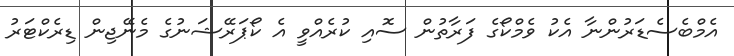
އެމްބެސެޑަރުންނާ އެކު ވެމްކޯގެ ފަރާތުން ސޮއި ކުރެއްވީ އެ ކޯޕަރޭޝަނުގެ މެނޭޖިން ޑިރެކްޓަރު